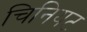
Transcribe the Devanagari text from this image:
चिनियट